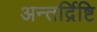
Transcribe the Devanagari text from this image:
अन्तर्द्रिष्टि